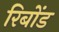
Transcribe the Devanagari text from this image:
रिबोंड